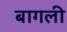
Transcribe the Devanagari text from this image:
बागली